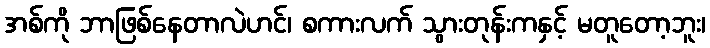
အစ်ကို ဘာဖြစ်နေတာလဲဟင်၊ စကားလက် သွားတုန်းကနှင့် မတူတော့ဘူး၊